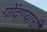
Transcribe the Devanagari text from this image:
गोंदण्याची